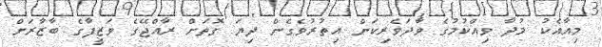
މިއާއެކު މުދާ ވިއްކުމުގެ ވާދަވެރިކަން އިތުރުވެގެން ދިޔަ ގޮތަށް ރާއްޖޭގެ ވަޒީފާގެ ބާޒާރަށް